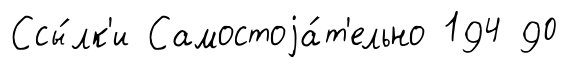
Ссы́лк'и Самостоjа́т'ельно 194 90